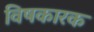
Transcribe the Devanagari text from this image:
विषकारक